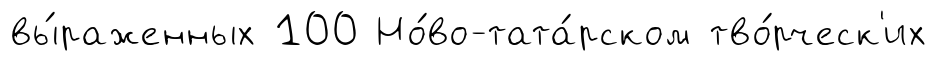
вы́раженных 100 Но́во-тата́рском тво́рческ'их